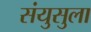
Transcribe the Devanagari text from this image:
संयुसुला